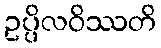
ဥပ္ပိလဝိဿတိ